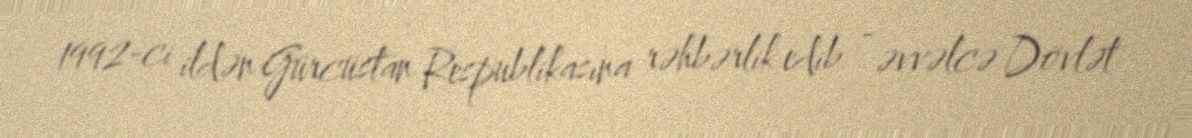
1992-ci ildən Gürcüstan Respublikasına rəhbərlik edib - əvvəlcə Dövlət